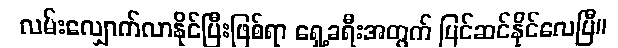
လမ်းလျှောက်လာနိုင်ပြီးဖြစ်ရာ ရှေ့ခရီးအတွက် ပြင်ဆင်နိုင်လေပြီ။